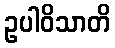
ဥပါဝိသာတိ